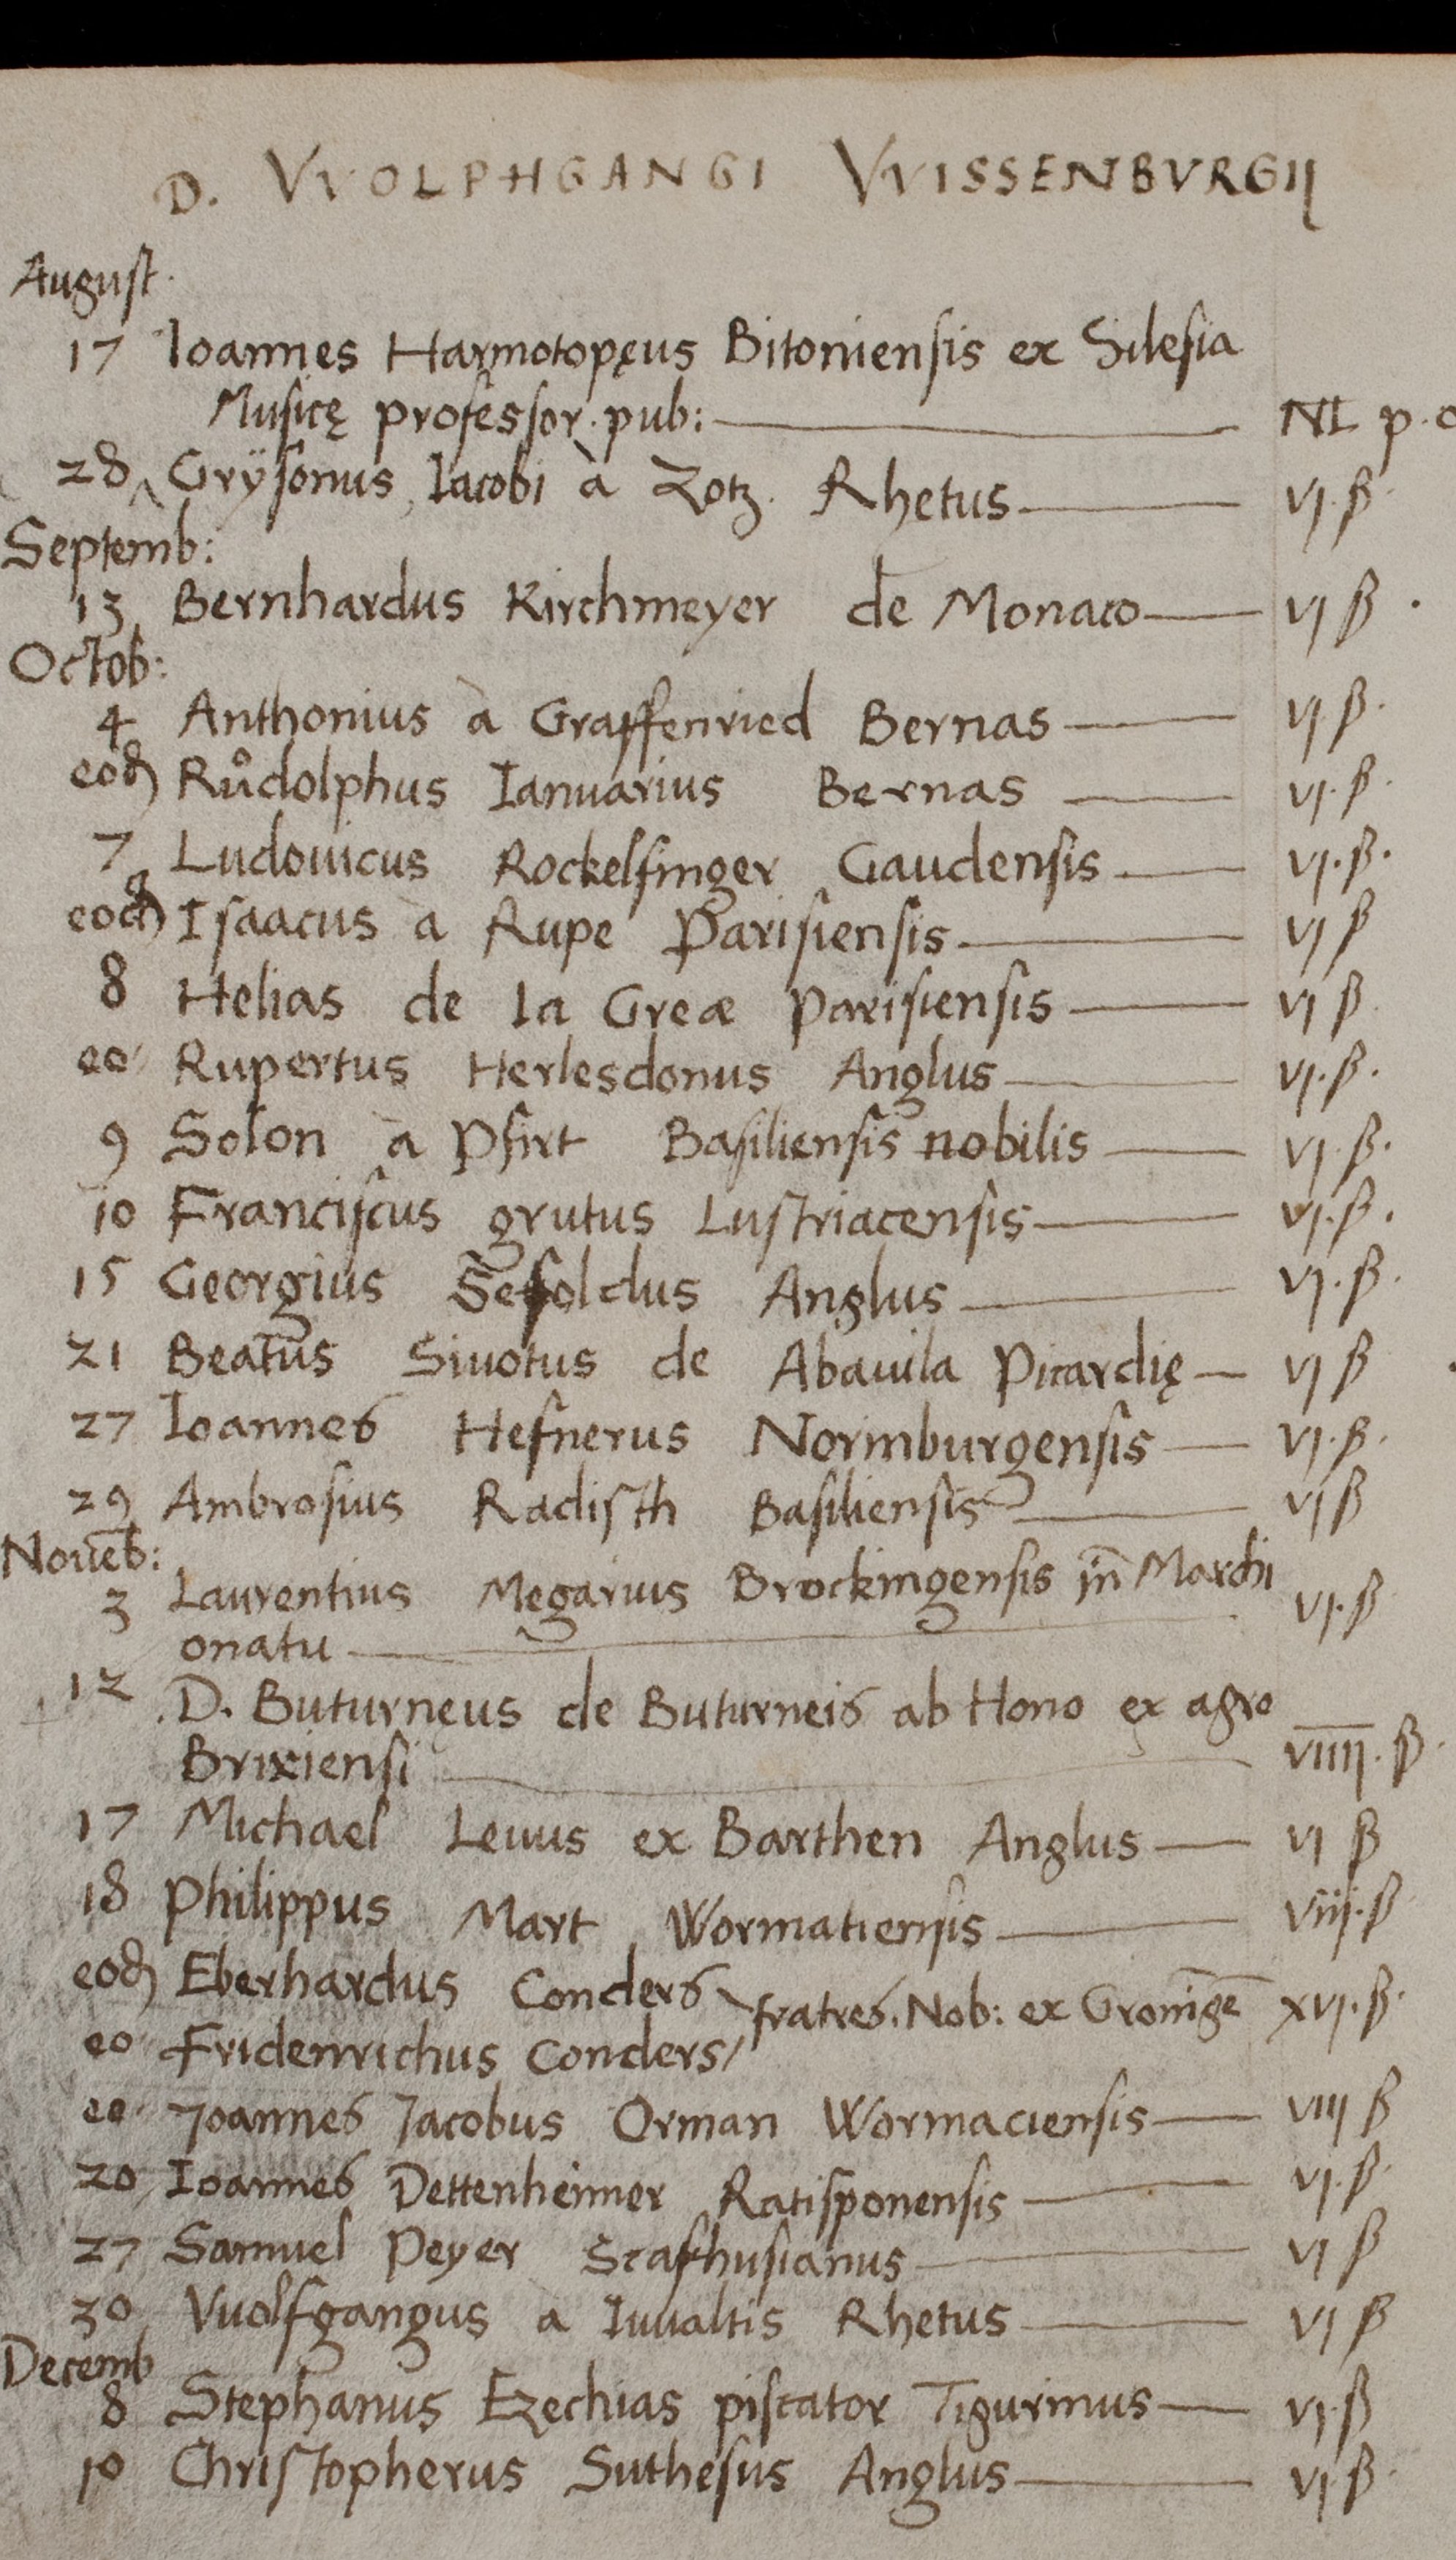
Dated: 1460–1567